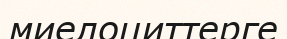
миелоциттерге